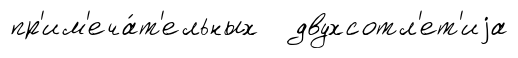
пр'им'еча́т'ельных двухсотл'ет'иjа